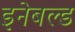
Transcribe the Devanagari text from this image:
इनेबल्ड